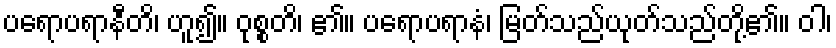
ပရောပရာနီတိ၊ ဟူ၍။ ဝုစ္စတိ၊ ၏။ ပရောပရာနံ၊ မြတ်သည်ယုတ်သည်တို့၏။ ဝါ၊